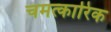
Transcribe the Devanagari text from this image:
चमत्‍कारिक